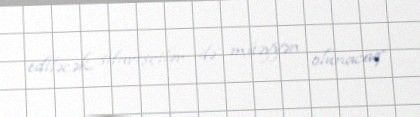
ediləcək, sifarişçilər də müəyyən olunacaq.